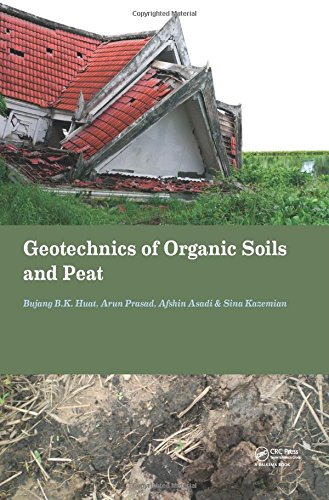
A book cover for Geotechnics of Organic Soils and Peat; Bujang B.K. Huat; Science & Math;